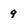
Character: 9